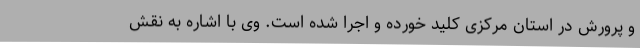
و پرورش در استان مرکزی کلید خورده و اجرا شده است. وی با اشاره به نقش